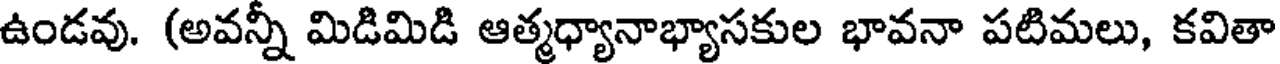
ఉండవు. (అవన్నీ మిడిమిడి ఆత్మధ్యానాభ్యాసకుల భావనా పటిమలు, కవితా